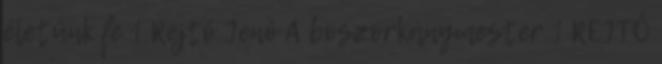
életünk fe 1 Rejtő Jenő A boszorkánymester 1 REJTŐ